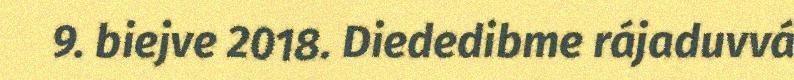
9. biejve 2018. Diededibme rájaduvvá